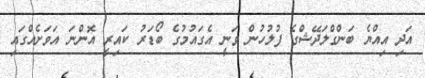
އަދި އިއްޔެ ބަންގްލަދޭޝްގެ ފުލުހުން ވަނީ އެގައުމުގެ ބޯޑަރު ކައިރީ އޮންނަ އަވަށެއްގައި